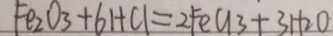
F e _ { 2 } O _ { 3 } + 6 H C l = 2 F e G 3 + 3 H _ { 2 } O